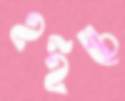
হইচে